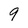
Character: 9